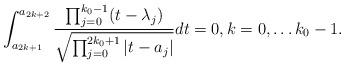
LaTeX: \begin{align*} \int_{a_{2k+1}}^{a_{2k+2}}\frac{\prod_{j=0}^{k_0-1}(t-\lambda_{j})}{\sqrt{\prod_{j=0}^{2k_0+1}|t-a_{j}|}}dt=0,k=0,\ldots k_0-1.\end{align*}